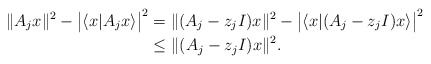
\begin{align*}\|A_j x\|^2-\big|\langle x| A_j x\rangle\big|^2 &= \|(A_j-z_j I) x\|^2-\big|\langle x|(A_j-z_j I) x\rangle\big|^2\\ &\leq \|(A_j-z_jI)x\|^2.\end{align*}